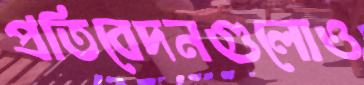
প্রতিবেদনগুলোও